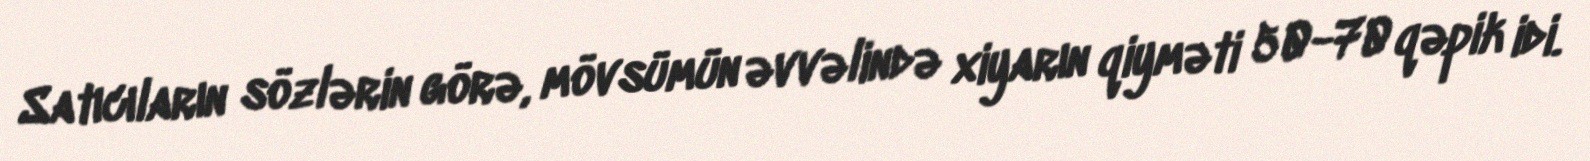
Satıcıların sözlərin görə, mövsümün əvvəlində xiyarın qiyməti 50-70 qəpik idi.